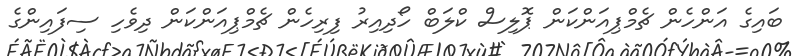
ބައިގެ އަންހެން ޗެމްޕިއަންކަން ޕޮލިސް ކްލަބް ހޯދިއިރު ފިރިހެން ޗެމްޕިއަންކަން ދިވެހި ސިފައިންގެ